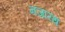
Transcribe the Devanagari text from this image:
नजारथ